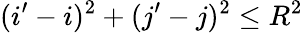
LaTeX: (i^{\prime}-i)^{2}+(j^{\prime}-j)^{2}\leq R^{2}